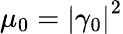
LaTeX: \mu_{0}=\left|\gamma_{0}\right|^{2}